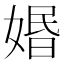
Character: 㛰